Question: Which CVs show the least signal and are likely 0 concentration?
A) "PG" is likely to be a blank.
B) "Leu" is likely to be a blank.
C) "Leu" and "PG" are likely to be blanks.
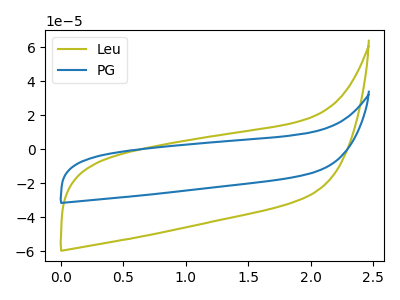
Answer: <think>The olive curve "Leu" has no peaks. The blue curve "PG" has no peaks.</think>
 <answer>C) "Leu" and "PG" are likely to be blanks.</answer>
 <eval>C</eval>